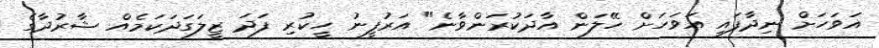
އަވަހަށް ނިދާފައި އަވަހަށް ހޭލަން އާދަކުރަންވާނެ" އަރުފީނު ހީކުރި ފަދަ ޒީލަގަދަކަމެއް ޝާރުދާގެ